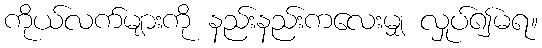
ကိုယ်လက်များကို နည်းနည်းကလေးမျှ လှုပ်၍မရ။